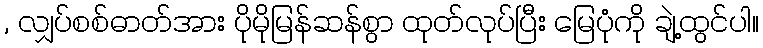
, လျှပ်စစ်ဓာတ်အား ပိုမိုမြန်ဆန်စွာ ထုတ်လုပ်ပြီး မြေပုံကို ချဲ့ထွင်ပါ။